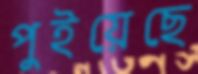
পুইয়েছে